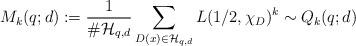
LaTeX: \begin{align*} M_k(q;d):= \frac{1}{\#\mathcal H_{q,d}}\sum_{D(x)\in\mathcal{H}_{q,d}}L(1/2,\chi_D)^k \sim Q_k(q;d)\end{align*}